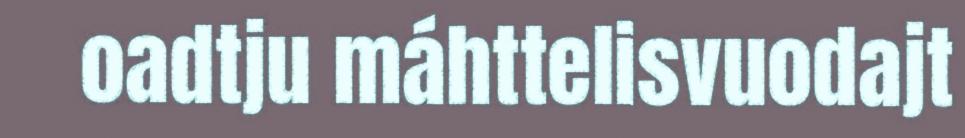
oadtju máhttelisvuodajt